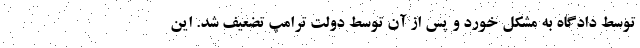
توسط دادگاه به مشکل خورد و پس از آن توسط دولت ترامپ تضعیف شد. این